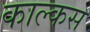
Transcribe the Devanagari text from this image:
काल्कस